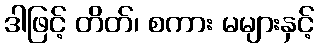
ဒါဖြင့် တိတ်၊ စကား မများနှင့်